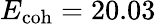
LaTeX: E_{\mathrm{coh}}=20.03